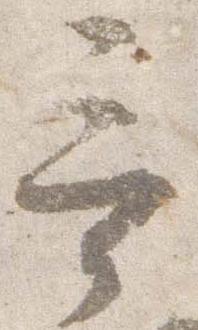
言